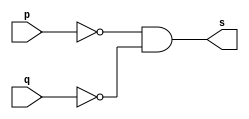
// ------------------------- 
// Exerccio0005 - NOR 
// Nome: Joo Henrique Mendes de Oliveira 
// -------------------------

// ------------------------- 
// -- nor gate usando de MORGAN
// ------------------------- 
 module norgate ( output s, input p, q); 
	assign s = (~p)&(~q); 
 endmodule // norgate
 
// --------------------- 
// -- test nor gate 
// --------------------- 
 module testnorgate; 
// ------------------------- dados locais 
	reg a, b; // definir registradores 
	wire s; // definir conexao (fio) 
// ------------------------- instancia 
	norgate NOR1 (s, a, b); 
// ------------------------- preparacao 
	initial begin:start 
			// atribuicao simultanea 
			// dos valores iniciais 
		a = 0; b = 0; 
 end
  
// ------------------------- parte principal 
	initial begin 
		$display("Exerccio0005 - Joo Henrique Mendes de Oliveira - 392734"); 
		$display("Test NOR gate"); 
		$display("\n\t\t  time\t ~(a & b) = s\n"); 
		a = 0; b = 0; 
		$monitor("%d\t ~(%b & %b) = %b", $time, a, b, s);
		#1 a = 0; b = 1;
		#1 a = 1; b = 0;
		#1 a = 1; b = 1;
	 
	end 
	
 endmodule // testnorgate